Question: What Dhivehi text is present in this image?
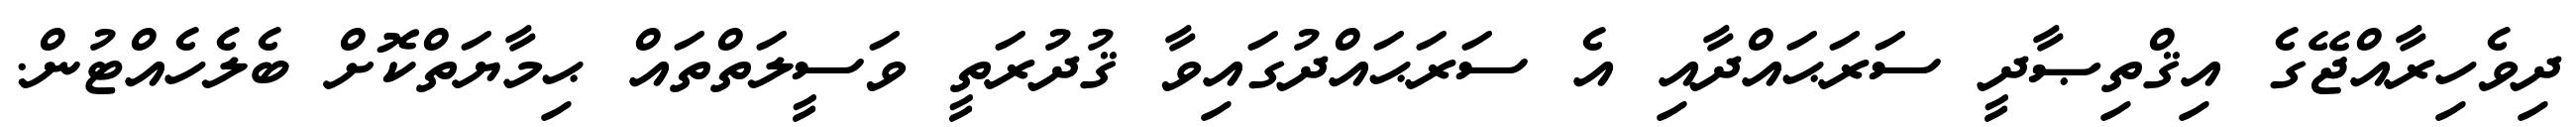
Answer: ދިވެހިރާއްޖޭގެ އިޤްތިޞާދީ ސަރަޙައްދާއި އެ ސަރަޙައްދުގައިވާ ޤުދުރަތީ ވަސީލަތްތައް ޙިމާޔަތްކޮށް ބެލެހެއްޓުން.